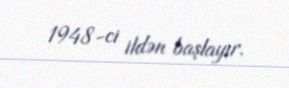
1948-ci ildən başlayır.